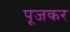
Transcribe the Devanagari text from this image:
पूजकर